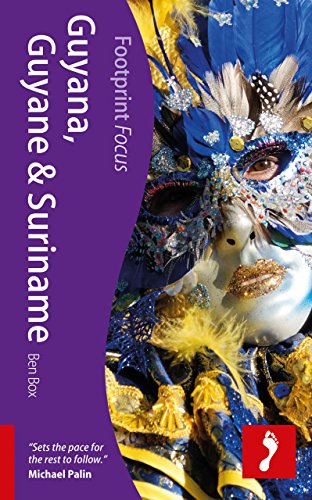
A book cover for Guyana, Guyane & Suriname (Footprint Focus); Ben Box; Travel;